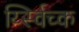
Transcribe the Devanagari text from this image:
र्य्स्विच्क